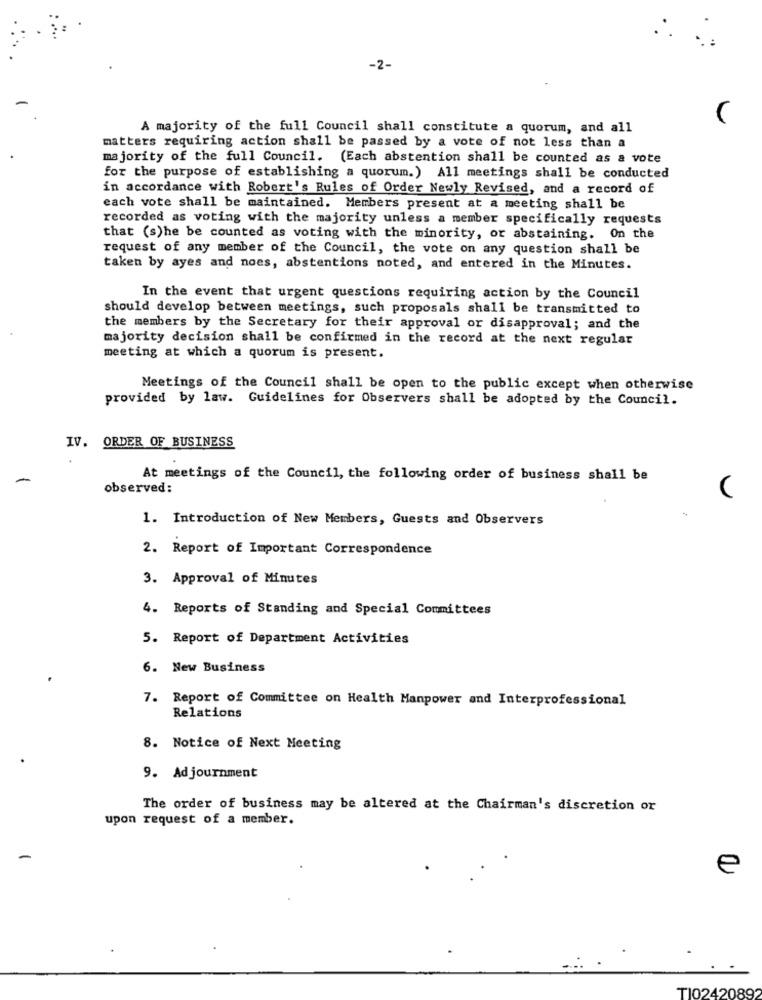
-2-
A majority of the full Council shall constitute a quorum, and all
matters requiring action shall be passed by a vote of not less than a
majority of the full Council. (Each abstention shall be counted as a vote
for the purpose of establishing a quorum.) All meetings shall be conducted
in accordance with Robert's Rules of Order Newly Revised, and a record of
each vote shall be maintained. Members present at a meeting shall be
recorded as voting with the majority unless a member specifically requests
that (s)he be counted as voting with the minority, or abstaining. On the
request of any member of the Council, the vote on any question shall be
taken by ayes and noes, abstentions noted, and entered in the Minutes.
In the event that urgent questions requiring action by the Council
should develop between meetings, such proposals shall be transmitted to
the members by the Secretary for their approval or disapproval; and the
majority decision shall be confirmed in the record at the next regular
meeting at which a quorum is present.
Meetings of the Council shall be open to the public except when otherwise
provided by law. Guidelines for Observers shall be adopted by the Council.
IV. ORDER OF BUSINESS
At meetings of the Council, the following order of business shall be
observed:
1. Introduction of New Members, Guests and Observers
2. Report of Important Correspondence
3. Approval of Minutes
4. Reports of Standing and Special Committees
5. Report of Department Activities
6. New Business
7. Report of Committee on Health Manpower and Interprofessional
Relations
8. Notice of Next Meeting
9. Ad journment
The order of business may be altered at the Chairman's discretion or
upon request of a member.
e
TJ02420892